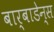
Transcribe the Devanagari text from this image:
बार्बाडेन्स